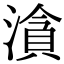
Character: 㵅